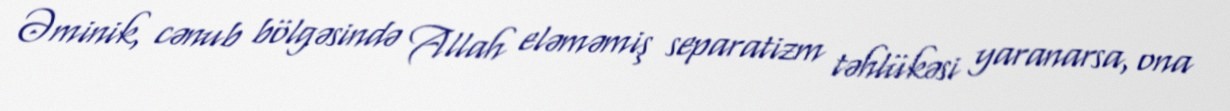
Əminik, cənub bölgəsində Allah eləməmiş separatizm təhlükəsi yaranarsa, ona